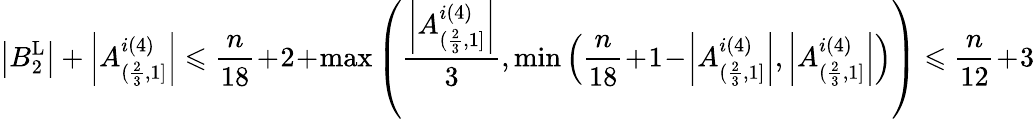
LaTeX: \left|B_{2}^{\operatorname{L}}\right|+\left|A_{(\frac{2}{3},1]}^{i(4)}\right|\leqslant\frac{n}{18}\! +\! 2\! +\! \operatorname*{max}\left(\frac{\left|A_{(\frac{2}{3},1]}^{i(4)}\right|}{3},\operatorname*{min}\left(\frac{n}{18}\! +\! 1\! -\! \left|A_{(\frac{2}{3},1]}^{i(4)}\right|,\left|A_{(\frac{2}{3},1]}^{i(4)}\right|\right)\right)\leqslant\frac{n}{12}\! +\! 3